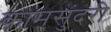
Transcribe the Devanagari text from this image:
कामसुंदरी